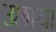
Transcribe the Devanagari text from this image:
उछाया